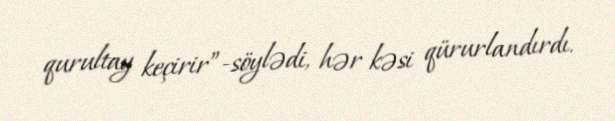
qurultay keçirir”-söylədi, hər kəsi qürurlandırdı.